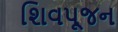
શિવપૂજન